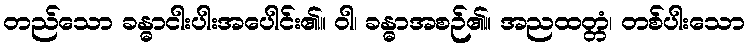
တည်သော ခန္ဓာငါးပါးအပေါင်း၏။ ဝါ၊ ခန္ဓာအစဉ်၏။ အညထတ္တံ၊ တစ်ပါးသော